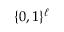
\{ 0 , 1 \} ^ { \ell }